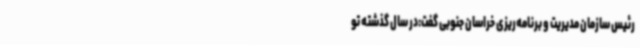
رئیس سازمان مدیریت و برنامه‌ریزی خراسان جنوبی گفت:در سال گذشته تو